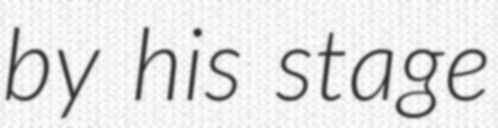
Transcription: by his stage